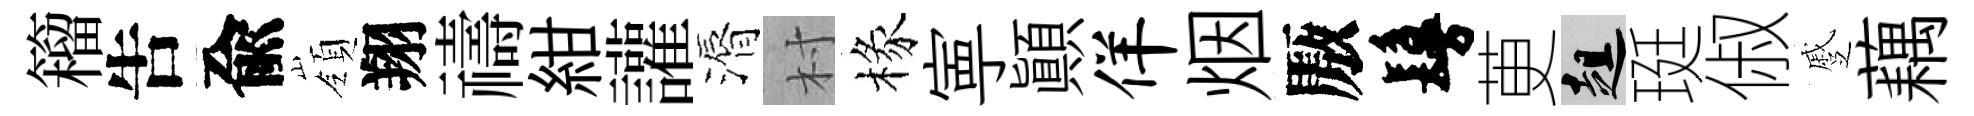
籕吿兪嶺翔禱紺讙漘村椽寕顚佯烟厫鬘茰趄珽俶蹙藕